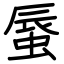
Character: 蜃